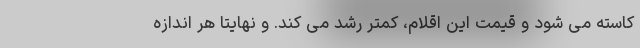
کاسته می شود و قیمت این اقلام، کمتر رشد می کند. و نهایتاً هر اندازه